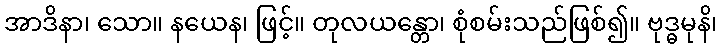
အာဒိနာ၊ သော။ နယေန၊ ဖြင့်။ တုလယန္တော၊ စုံစမ်းသည်ဖြစ်၍။ ဗုဒ္ဓမုနိ၊